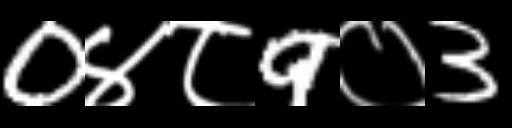
Text: 0४८9०3